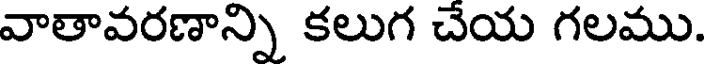
వాతావరణాన్ని కలుగ చేయ గలము.